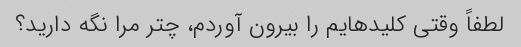
لطفاً وقتی کلیدهایم را بیرون آوردم، چتر مرا نگه دارید؟